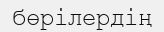
бөрілердің